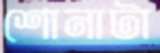
শোনাটা